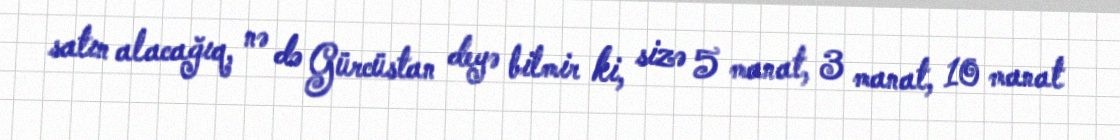
satın alacağıq, nə də Gürcüstan deyə bilmir ki, sizə 5 manat, 3 manat, 10 manat